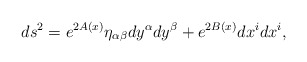
\begin{align*}ds^{2}=e^{2A(x)}\eta_{\alpha \beta} dy^{\alpha} dy^{\beta}+e^{2B(x)}dx^{i}dx^{i}, \end{align*}